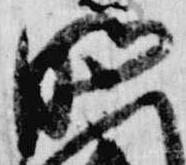
明